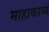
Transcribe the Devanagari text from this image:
माहाकाव्य